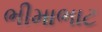
ભીમાભાટ